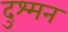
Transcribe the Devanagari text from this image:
दुश्‍मन